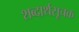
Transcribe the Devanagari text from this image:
शब्दार्थसूचक